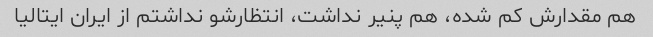
هم مقدارش کم شده، هم پنیر نداشت، انتظارشو نداشتم از ایران ایتالیا